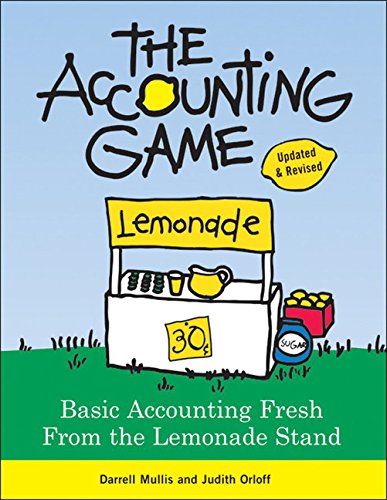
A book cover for The Accounting Game: Basic Accounting Fresh from the Lemonade Stand; Judith Orloff; Business & Money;